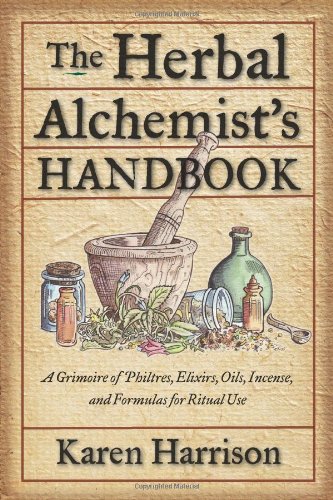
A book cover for Herbal Alchemist's Handbook, The: A Grimoire of Philtres. Elixirs, Oils, Incense, and Formulas for Ritual Use; Karen Harrison; Religion & Spirituality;